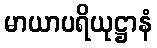
မာယာပရိယုဋ္ဌာနံ